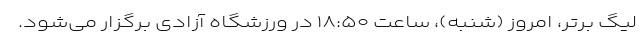
لیگ برتر، امروز (شنبه)، ساعت ۱۸:۵۰ در ورزشگاه آزادی برگزار می‌شود.